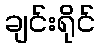
ချင်းရိုင်